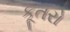
કૂતરો